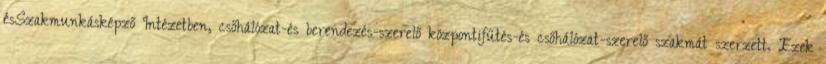
ésSzakmunkásképző Intézetben, csőhálózat-és berendezés-szerelő központifűtés-és csőhálózat-szerelő szakmát szerzett. Ezek